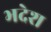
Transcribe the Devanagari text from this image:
भदेश